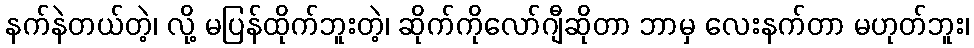
နက်နဲတယ်တဲ့၊ လို့ မပြန်ထိုက်ဘူးတဲ့၊ ဆိုက်ကိုလော်ဂျီဆိုတာ ဘာမှ လေးနက်တာ မဟုတ်ဘူး၊